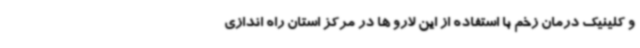
و کلینیک درمان زخم با استفاده از این لارو ها در مرکز استان راه اندازی